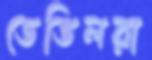
ডেভিলরা